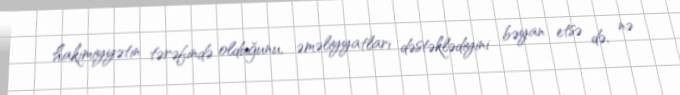
hakimiyyətin tərəfində olduğunu, əməliyyatları dəstəklədiyini bəyan etsə də, nə